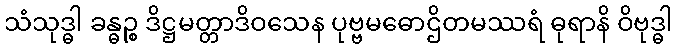
သံသုဒ္ဓါ ခန္ဓဉ္စ ဒိဋ္ဌမတ္တာဒိဝသေန ပုဗ္ဗမဓောဌိတမဿရံ ဓုရာနိ ဝိဗုဒ္ဓါ